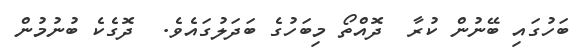
ބަހުގައި ބޭނުން ކުރާ  ދޮއްތޯ މިބަހުގެ ބަދަލުގައެވެ.  ދޮގެކެ ބުނުމުން